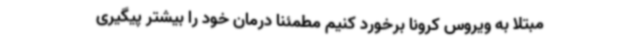
مبتلا به ویروس کرونا برخورد کنیم مطمئنا درمان خود را بیشتر پیگیری